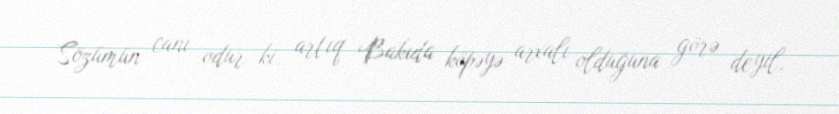
Sözümün canı odur ki, artıq Bakıda köpəyə arxalı olduğuna görə deyil,